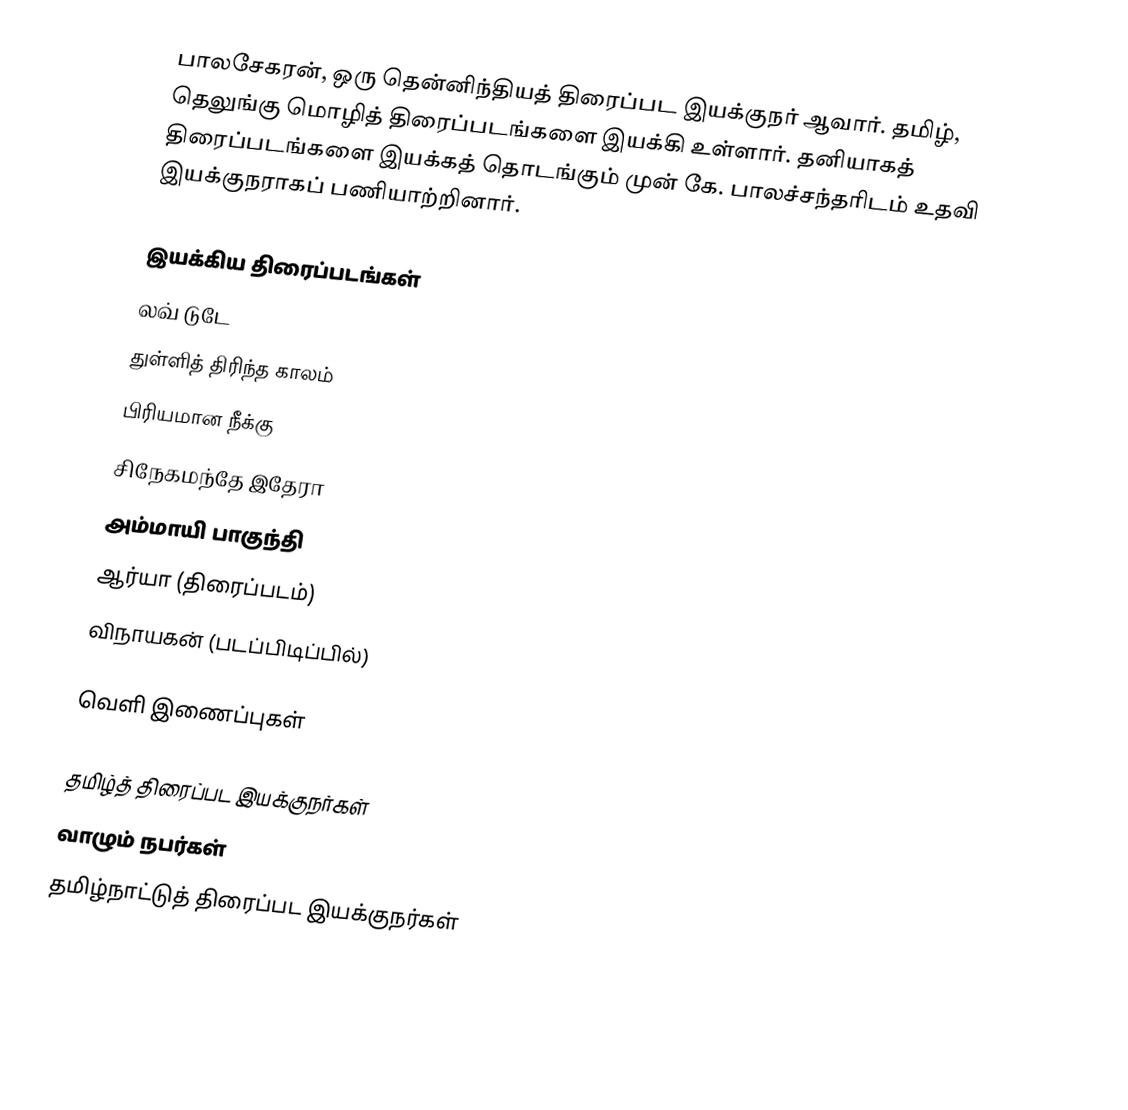
பாலசேகரன், ஒரு தென்னிந்தியத் திரைப்பட இயக்குநர் ஆவார். தமிழ், தெலுங்கு மொழித் திரைப்படங்களை இயக்கி உள்ளார். தனியாகத் திரைப்படங்களை இயக்கத் தொடங்கும் முன் கே. பாலச்சந்தரிடம் உதவி இயக்குநராகப் பணியாற்றினார்.

இயக்கிய திரைப்படங்கள்
 லவ் டுடே
 துள்ளித் திரிந்த காலம்
 பிரியமான நீக்கு
 சிநேகமந்தே இதேரா
 அம்மாயி பாகுந்தி
 ஆர்யா (திரைப்படம்)
 விநாயகன் (படப்பிடிப்பில்)

வெளி இணைப்புகள்

தமிழ்த் திரைப்பட இயக்குநர்கள்
வாழும் நபர்கள்
தமிழ்நாட்டுத் திரைப்பட இயக்குநர்கள்